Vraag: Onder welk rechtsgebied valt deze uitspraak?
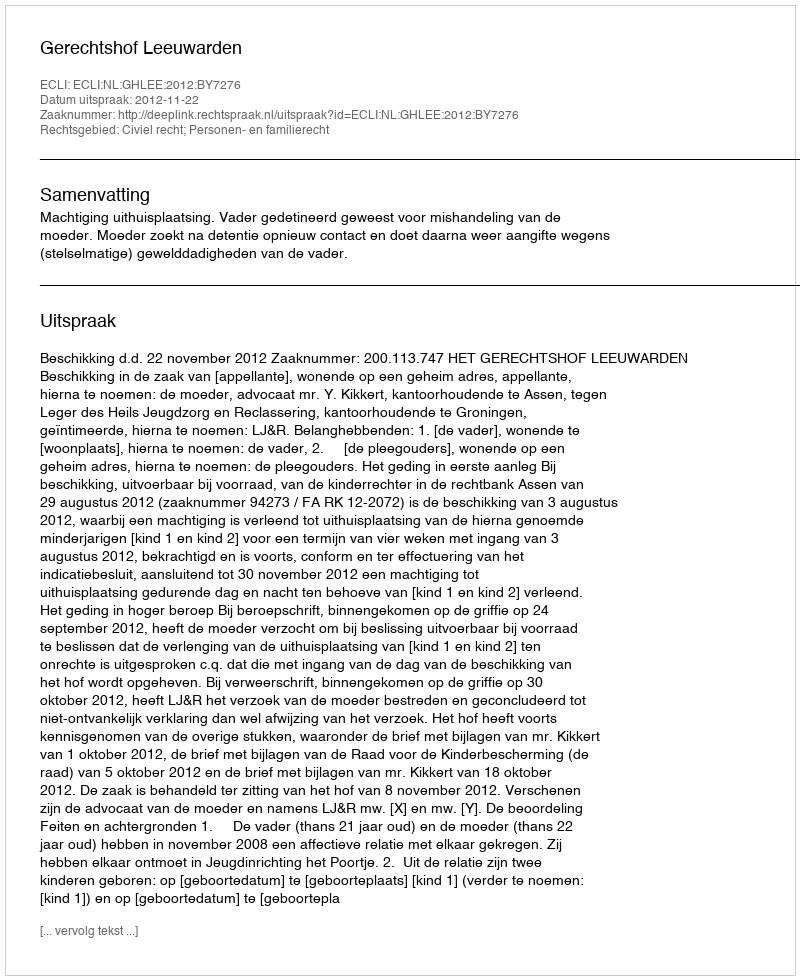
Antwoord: Civiel recht; Personen- en familierecht